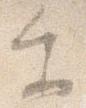
参